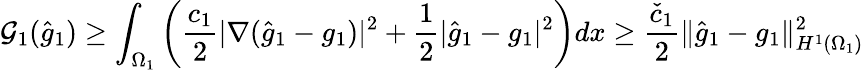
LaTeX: \mathcal{G}_{1}(\hat{g}_{1})\geq\int_{\Omega_{1}}\left(\frac{c_{1}}{2}|\nabla(\hat{g}_{1}-g_{1})|^{2}+\frac 12|\hat{g}_{1}-g_{1}|^{2}\right)dx\geq\frac{\check{c}_{1}}{2}\lVert\hat{g}_{1}-g_{1}\rVert_{H^{1}(\Omega_{1})}^{2}